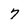
Character: 7